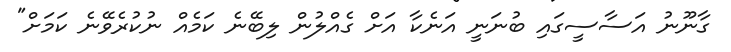
ގާނޫނު އަސާސީގައި ބުނަނީ އަނެކާ އަށް ގެއްލުން ލިބޭނެ ކަމެއް ނުކުރެވޭނެ ކަމަށް"